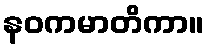
နဝကမာတိကာ။